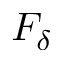
F _ { \delta }